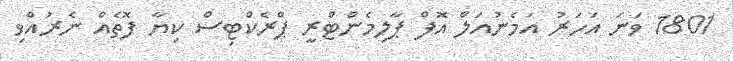
1801 ވަނަ އަހަރު އަމެނުއަލް އޮފް ޕާލިމެންޓްރީ ޕްރެކްޓިސް ކިޔާ ފޮތެއް ނެރުއްވި